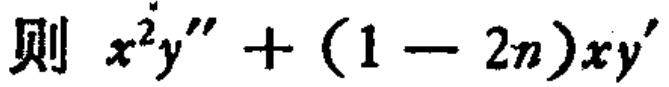
则 \(x^{2}y'' + (1 - 2n)xy'\)